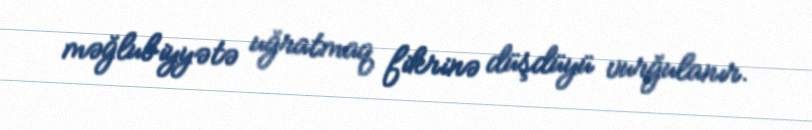
məğlubiyyətə uğratmaq fikrinə düşdüyü vurğulanır.